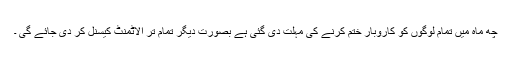
چھ ماہ میں تمام لوگوں کو کاروبار ختم کرنے کی مہلت دی گئی ہے بصورت دیگر تمام تر الاٹمنٹ کیسنل کر دی جائے گی ۔